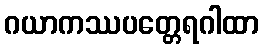
ဂယာကဿပတ္တေရဂါထာ